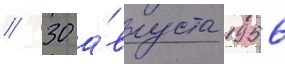
// 30 а́вгуста 1956